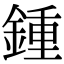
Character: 鍾